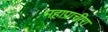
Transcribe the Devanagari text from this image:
महाप्राचीरा